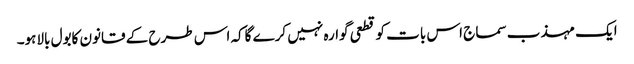
ایک مہذب سماج اس بات کوقطعی گوارہ نہیں کرے گاکہ اس طرح کے قانون کابول بالاہو۔